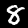
Label: 8